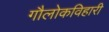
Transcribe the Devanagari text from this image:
गौलोकविहारी